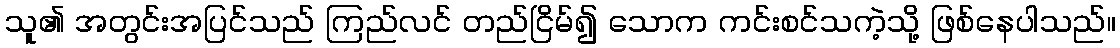
သူ၏ အတွင်းအပြင်သည် ကြည်လင် တည်ငြိမ်၍ သောက ကင်းစင်သကဲ့သို့ ဖြစ်နေပါသည်။